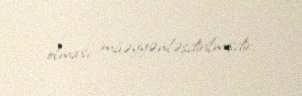
olması müəyyənləşdirilmişdir.